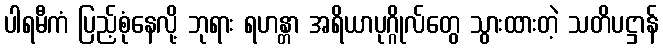
ပါရမီကံ ပြည့်စုံနေလို့ ဘုရား ရဟန္တာ အရိယာပုဂ္ဂိုလ်တွေ သွားထားတဲ့ သတိပဋ္ဌာန်